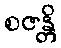
စဇန္တိ